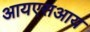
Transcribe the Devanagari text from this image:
आयएसआय